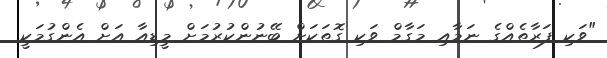
"ވަކި ފަރާތެއްގެ ނަމާއި މަގާމް ވަކި ގޮތަކަށް ބޭނުންކުރުމަށް މީޑިއާ އަށް އެންގުމަކީ